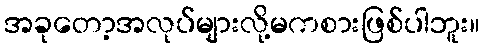
အခုတော့အလုပ်များလို့မကစားဖြစ်ပါဘူး။